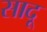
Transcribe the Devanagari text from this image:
सादू